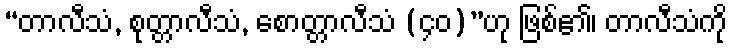
“တာလီသံ, စုတ္တာလီသံ, စောတ္တာလီသံ (၄၀)”ဟု ဖြစ်၏၊ တာလီသံကို